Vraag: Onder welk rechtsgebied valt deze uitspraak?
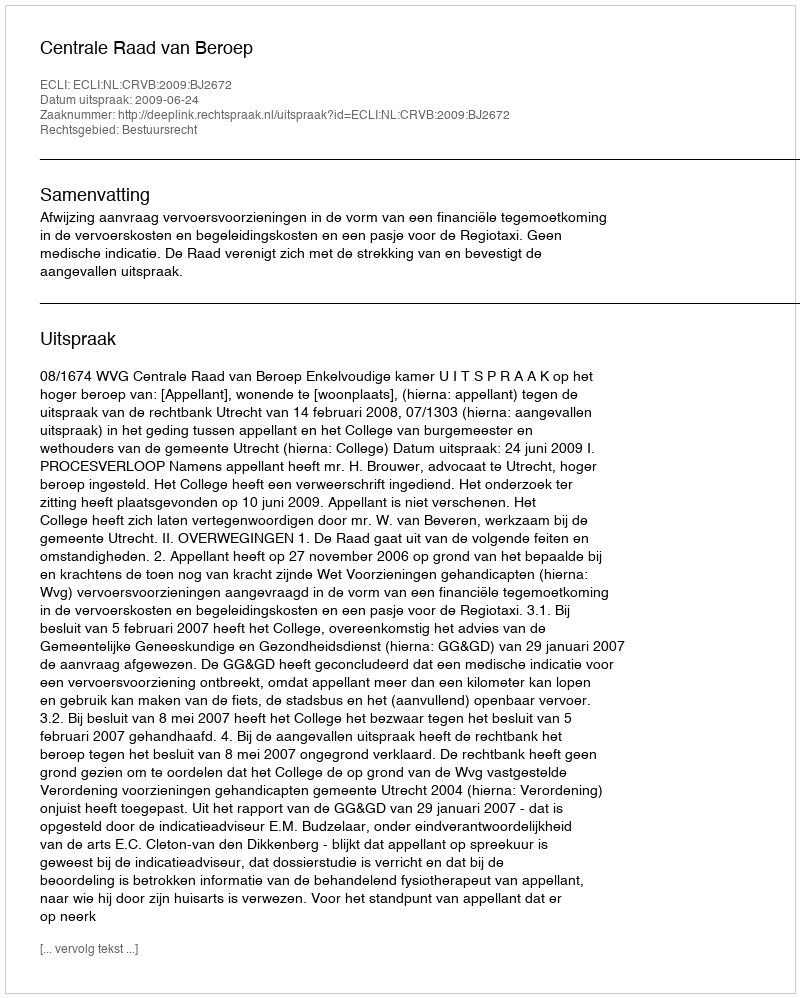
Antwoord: Bestuursrecht